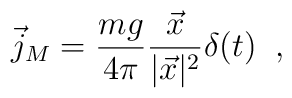
\vec{j}_M=\frac{mg}{4\pi}\frac{\vec{x}}{|\vec{x}|^2}\delta(t)\;\;,